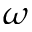
\omega